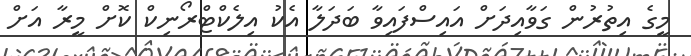
މީގެ އިތުރުން ގަވާއިދަށް އައިސްފައިވާ ބަދަލާ އެކު އިލެކްޓްރޯނިކް ކޮށް މީރާ އަށް